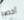
آخذها